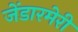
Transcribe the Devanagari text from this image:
जेंडारमेरी